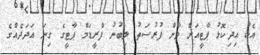
އެކު އިދިކޮޅު ޕާޓީއަށް ވާން ފުރުސަތު ލިބުނު ފްރީޑަމް ޕާޓީގެ ގިނަ އަދަދެއްގެ